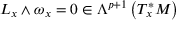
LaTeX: L _ { x } \wedge \omega _ { x } = 0 \in \Lambda ^ { p + 1 } \left( T _ { x } ^ { * } M \right)